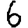
Digit: 6